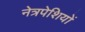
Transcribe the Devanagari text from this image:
नेत्रपेशियों